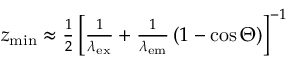
\begin{array} { r } { z _ { \mathrm { m i n } } \approx \frac { 1 } { 2 } \left[ \frac { 1 } { \lambda _ { \mathrm { e x } } } + \frac { 1 } { \lambda _ { \mathrm { e m } } } \left( 1 - \cos \Theta \right) \right] ^ { - 1 } } \end{array}